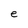
Character: e